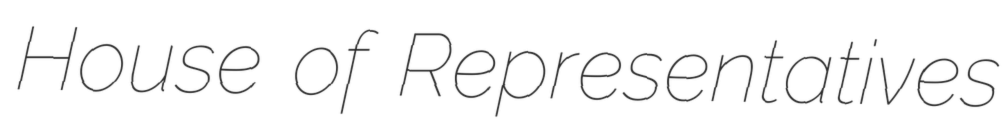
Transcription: House of Representatives